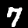
Digit: 7